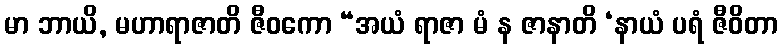
မာ ဘာယိ, မဟာရာဇာတိ ဇီဝကော “အယံ ရာဇာ မံ န ဇာနာတိ ‘နာယံ ပရံ ဇီဝိတာ